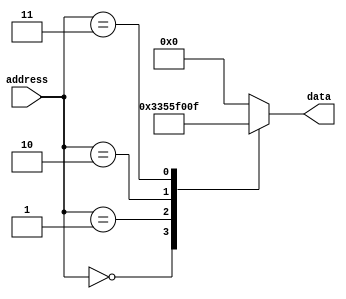
module rom(
    input [7:0] address,
    output reg [7:0] data
);

always @* begin
    case(address)
        8'b00000000: data = 8'b00110011;
        8'b00000001: data = 8'b01010101;
        8'b00000010: data = 8'b11110000;
        8'b00000011: data = 8'b00001111;
        // Add more cases for additional memory blocks
        default: data = 8'b00000000;
    endcase
end

endmodule